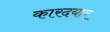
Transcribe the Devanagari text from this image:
कारदयार